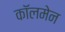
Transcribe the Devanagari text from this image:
कॉलमेन